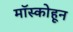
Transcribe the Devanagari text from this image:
मॉस्कोहून